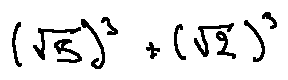
( \sqrt { 5 } ) ^ { 3 } + ( \sqrt { 2 } ) ^ { 3 }